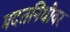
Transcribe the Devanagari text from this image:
मदतनिधीवर